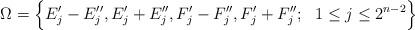
LaTeX: \begin{align*}\Omega=\Big\{E'_j-E''_j, E'_j+E''_j, F'_j-F''_j, F'_j+F''_j; \ \ 1\le j\le 2^{n-2}\Big\}\end{align*}